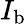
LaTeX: I_{\mathrm{b}}